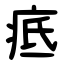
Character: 疷